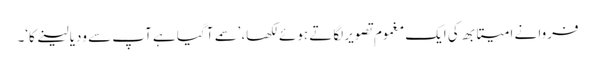
فروا نے امیتابھ کی ایک مغموم تصویر لگاتے ہوئے لکھا، ’سمے آ گیا ہے آپ سے ودیا لینے کا‘۔